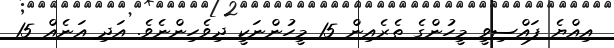
އިއްޔެ ފައްސިވީ މީހުންގެ ތެރެއިން 15 މީހުންނަކީ ދިވެހިންނެވެ. އަދި އަނެއް 15